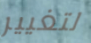
لتغيير